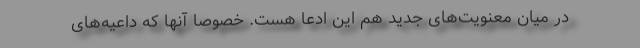
در میان معنویت‌های جدید هم این ادعا هست. خصوصا آنها که داعیه‌های